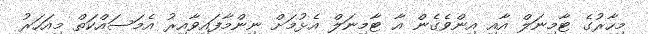
މިހާރުގެ ޓާމިނަލް އާއި އިންވެގެން އާ ޓާމިނަލް އެޅުމަށް ނިންމާފައިވާއިރު އެމަސައްކަތް މިއަހަރު